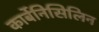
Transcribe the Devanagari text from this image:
कार्बेनिसिलिन